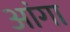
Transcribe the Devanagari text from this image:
आंगा